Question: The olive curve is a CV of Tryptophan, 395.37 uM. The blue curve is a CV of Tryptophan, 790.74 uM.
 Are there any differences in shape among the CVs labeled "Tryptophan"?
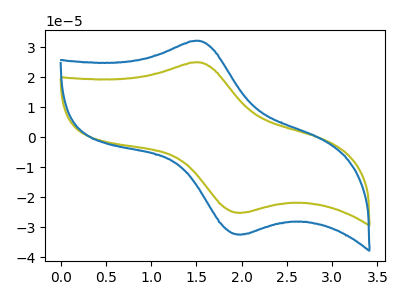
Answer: <think>The olive curve "Tryptophan, 395.37 uM" has an anodic peak at (1.50V, 24.90uA) and a cathodic peak at (2.00V, -25.15uA). The blue curve "Tryptophan, 790.74 uM" has an anodic peak at (1.50V, 32.05uA) and a cathodic peak at (2.00V, -32.40uA).
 All the peaks in "Tryptophan, 395.37 uM" have a peak in "Tryptophan, 790.74 uM" at the same potential. Every peak in "Tryptophan, 395.37 uM" is lower than every peak in "Tryptophan, 790.74 uM".</think>
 <answer>All the CV's of "Tryptophan" have similar shape.</answer>
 <eval>follow_rule</eval>